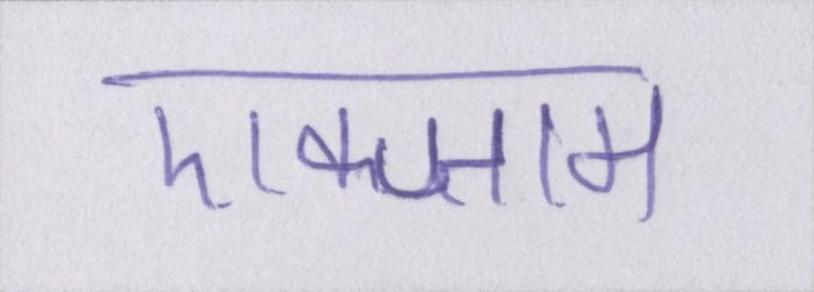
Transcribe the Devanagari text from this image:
एक्जाम